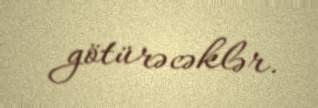
götürəcəklər.